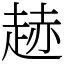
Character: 䞰